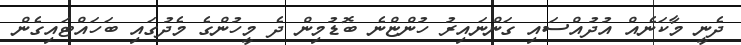
ދެނީ މާކަނެއް އުދުއްސައި ގަންނައިރު ހުންޏްނެ ބޮޑުމިން ދެ މީހުންގެ މެދުގައި ބަހައްޓައިގެން